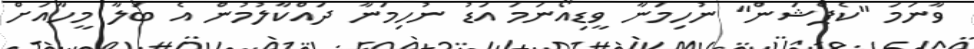
ވާނަމަ "ކެޕްޝަން" ނުހިމަނާ ވީޑިއޯނަމަ އަޑު ނުހިމަނާ ދައްކާލުމުން އެ ބަލާ މީހާއަށް